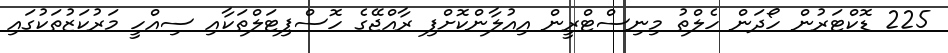
225 ޑޮކްޓަރުން ހޯދަން ހެލްތު މިނިސްޓްރީން އިއުލާންކޮށްފި ރާއްޖޭގެ ހޮސްޕިޓަލްތަކާއި ސިއްހީ މަރުކަޒުތަކުގައި